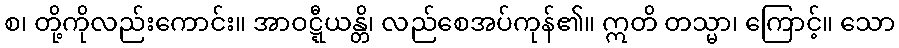
စ၊ တို့ကိုလည်းကောင်း။ အာဝဋ္ဋီယန္တိ၊ လည်စေအပ်ကုန်၏။ ဣတိ တသ္မာ၊ ကြောင့်။ သော